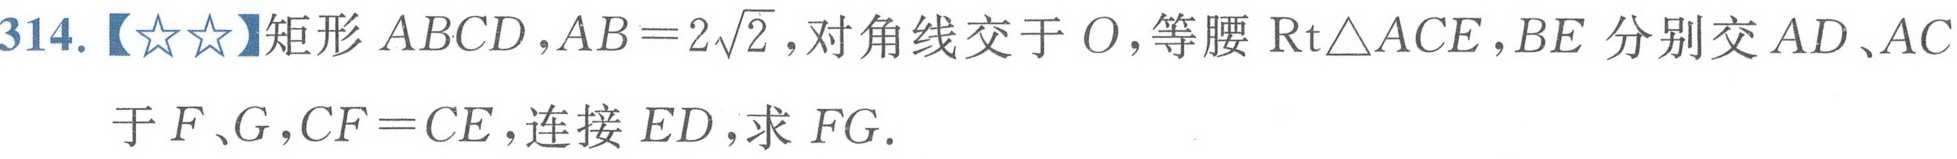
314.【★★】矩形$ABCD$，$AB = 2\sqrt{2}$，对角线交于$O$，等腰$\mathrm{Rt}\triangle ACE$，$BE$分别交$AD$、$AC$于$F$、$G$，$CF = CE$，连接$ED$，求$FG$.